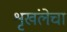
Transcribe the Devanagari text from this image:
शृखंलेचा